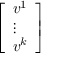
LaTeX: \left[ \begin{array} { l } { v ^ { 1 } } \\ { \vdots } \\ { v ^ { k } } \end{array} \right]